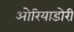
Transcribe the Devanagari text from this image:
ओरियाडोरी